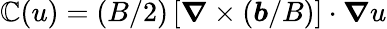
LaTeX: \mathbb{C}(u)=(B/2)\left[\boldsymbol{\nabla}\times(\boldsymbol{b}/B)\right]\cdot\boldsymbol{\nabla}u